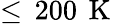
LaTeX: \leq\, 200\, \mathrm{~K~}